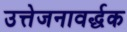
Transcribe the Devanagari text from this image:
उत्तेजनावर्द्धक